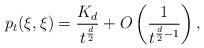
LaTeX: \begin{align*} p_{t}(\xi,\xi)=\frac{K_d}{t^{\frac{d}{2}}}+O\left(\frac{1}{t^{\frac{d}{2}-1}}\right),\end{align*}